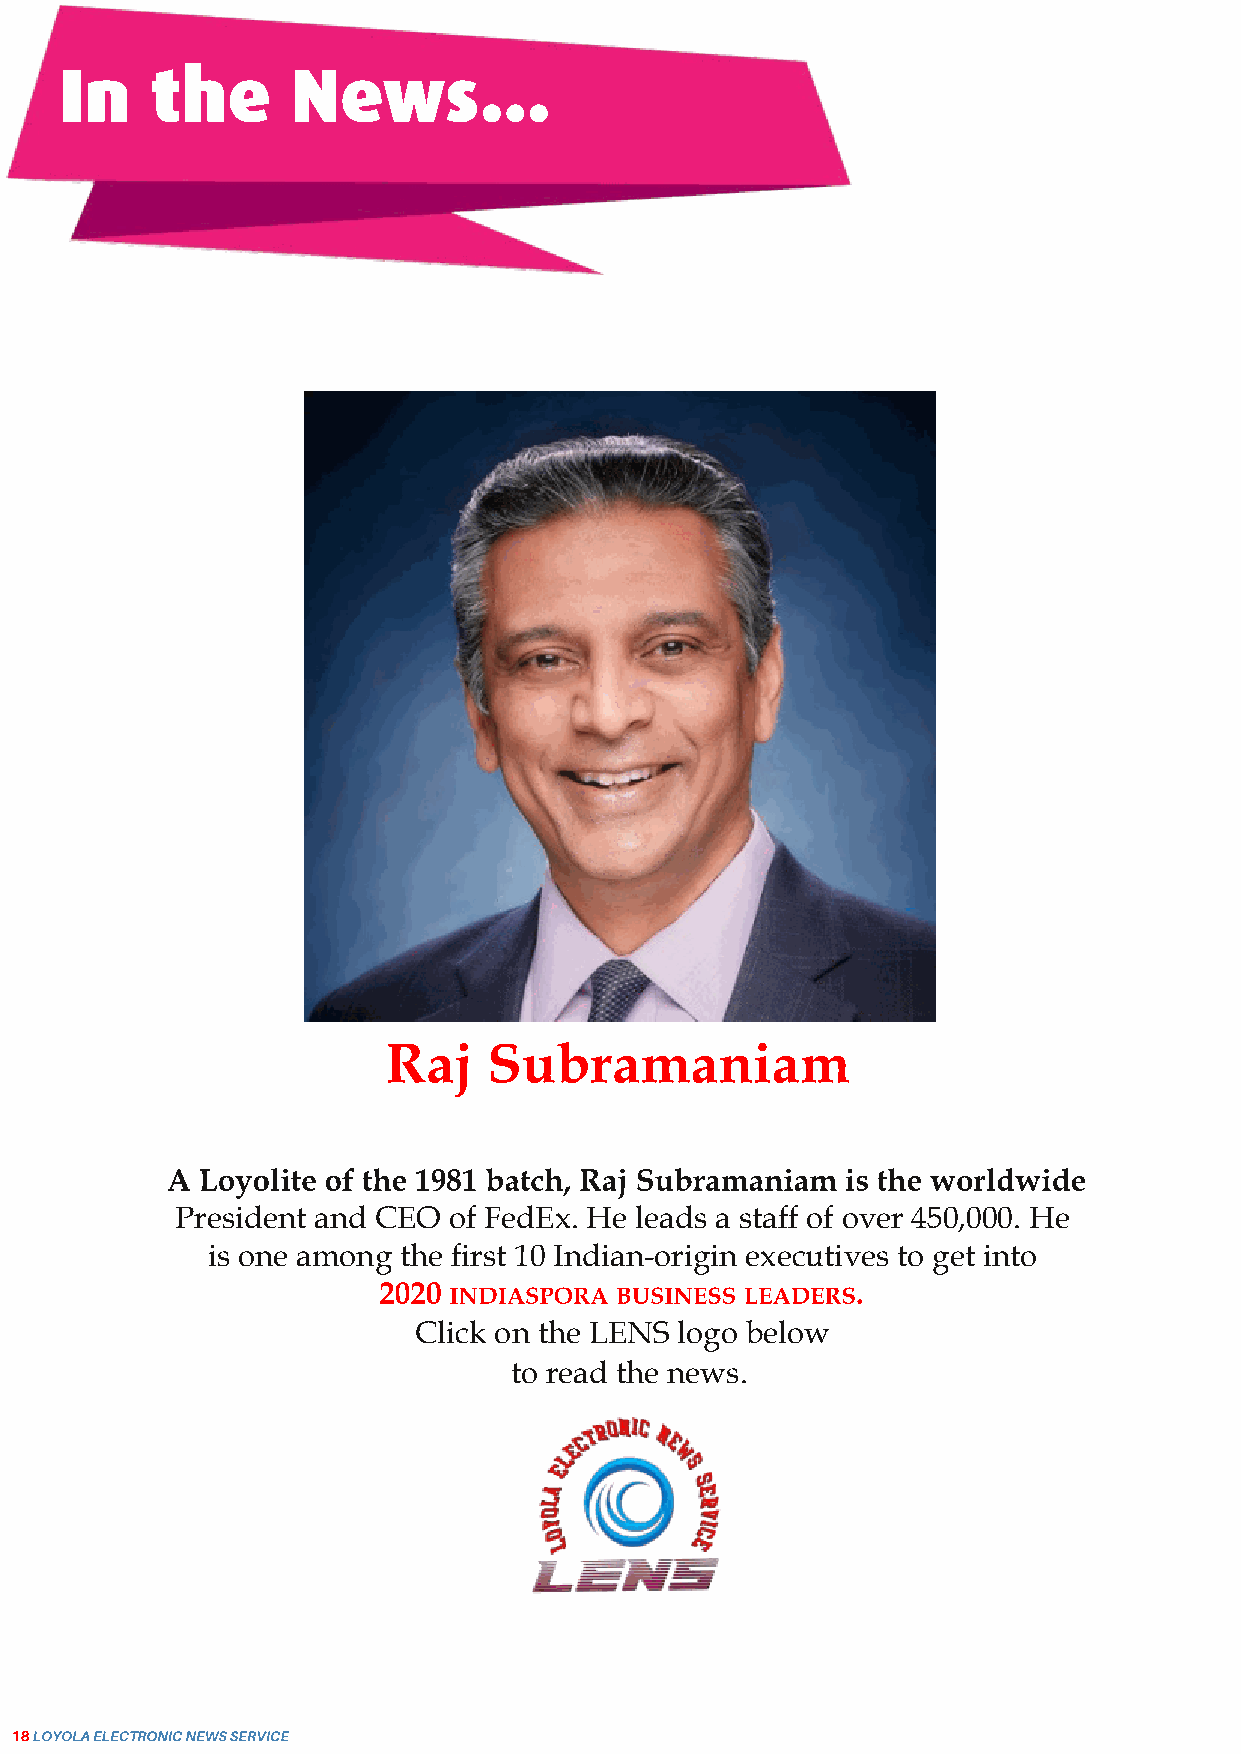
In    the      News...
 Raj   Subramaniam
 A Loyolite of the 1981 batch, Raj Subramaniam is the worldwide
 President and CEO of FedEx. He leads a staff of over 450,000. He
 is one among the first 10 Indian­origin executives to get into
 2020 INDIASPORA BUSINESS LEADERS.
 Click on the LENS logo below
 to read the news.
 18LOYOLAELECTRONICNEWSSERVICE